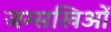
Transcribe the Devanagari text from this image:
जम्सखिओं